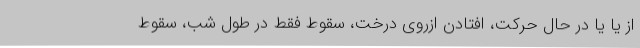
از یا یا در حال حرکت، افتادن ازروی درخت، سقوط فقط در طول شب، سقوط